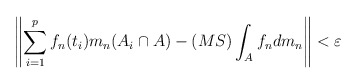
\begin{align*} \left\| \sum_{i=1}^p f_n(t_i) m_n(A_i \cap A) - (MS)\int_{A}f_n dm_n \right\|<\varepsilon\end{align*}